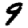
Digit: 9